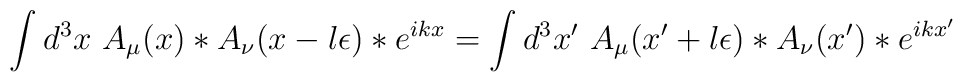
\int d^3 x~  A_\mu (x) \ast A_\nu (x - l \epsilon) \ast e^{ikx}  = \int d^3 x'~  A_\mu (x' + l \epsilon) \ast A_\nu (x') \ast e^{ikx'}